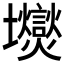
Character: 𱘛